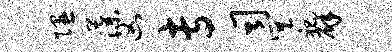
隰藻凶专司巽祀辟